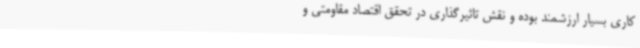
کاری بسیار ارزشمند بوده و نقش تاثیرگذاری در تحقق اقتصاد مقاومتی و